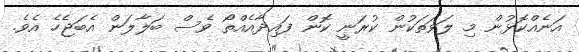
އަނެއްކޮޅުން މި ލަވަތަކުން ކުރަނީ ކޮން ފައިދާއެއްތޯ ވެސް ބަލާލަން އެބަޖެހެ އެވެ.